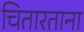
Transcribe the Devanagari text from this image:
चितारताना